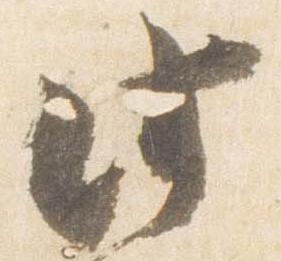
此